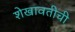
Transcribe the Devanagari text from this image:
शेखावतीची